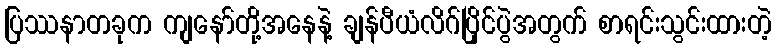
ပြဿနာတခုက ကျနော်တို့အနေနဲ့ ချန်ပီယံလိဂ်ပြိုင်ပွဲအတွက် စာရင်းသွင်းထားတဲ့